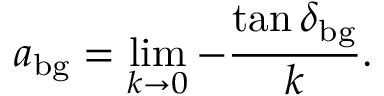
a _ { \mathrm { b g } } = \operatorname* { l i m } _ { k \to 0 } - \frac { \tan \delta _ { \mathrm { b g } } } { k } .